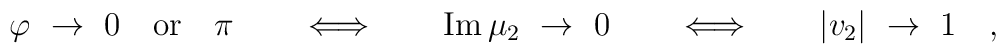
\varphi\ \to\ 0\quad\textrm{or}\quad\pi\qquad\Longleftrightarrow\qquad\textrm{Im}\,\mu_2\ \to\ 0\qquad\Longleftrightarrow\qquad|v_2|\ \to\ 1 \quad,